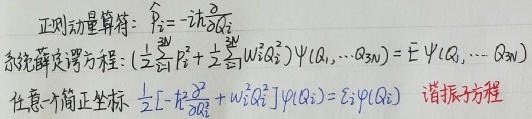
正则动量算符：\(\hat{P}_{i}=-i\hbar\frac{\partial}{\partial Q_{i}}\)。系统薛定谔方程：\((\frac{1}{2}\sum_{i = 1}^{3N}\hat{P}_{i}^{2}+\frac{1}{2}\sum_{i = 1}^{3N}\omega_{i}^{2}Q_{i}^{2})\Psi(Q_{1},\cdots,Q_{3N})=E\Psi(Q_{1},\cdots,Q_{3N})\)。任意一个简正坐标 \(\frac{1}{2}[- \hbar^{2}\frac{\partial^{2}}{\partial Q_{i}^{2}}+\omega_{i}^{2}Q_{i}^{2}]\varphi(Q_{i})=E_{i}\varphi(Q_{i})\)  （谐振子方程）